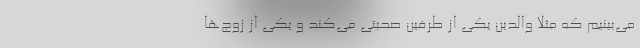
می‌بینیم که مثلا والدین یکی از طرفین صحبتی می‌کند و یکی از زوج‌ها